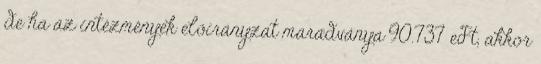
de ha az intézmények előirányzat maradványa 90.737 eFt, akkor